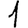
Digit: 1